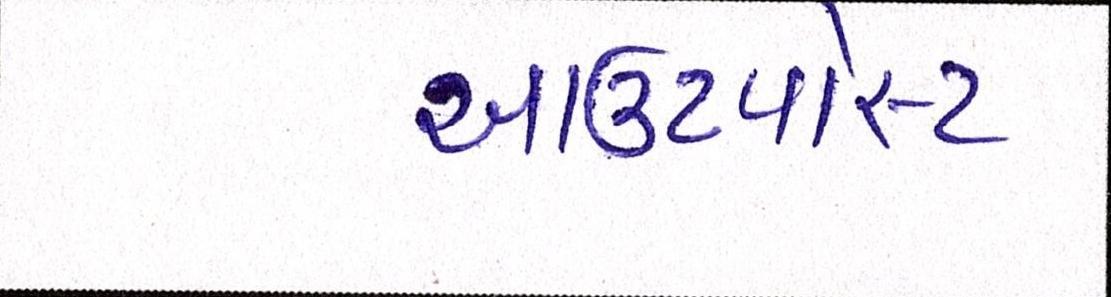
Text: આઉટપોસ્ટ